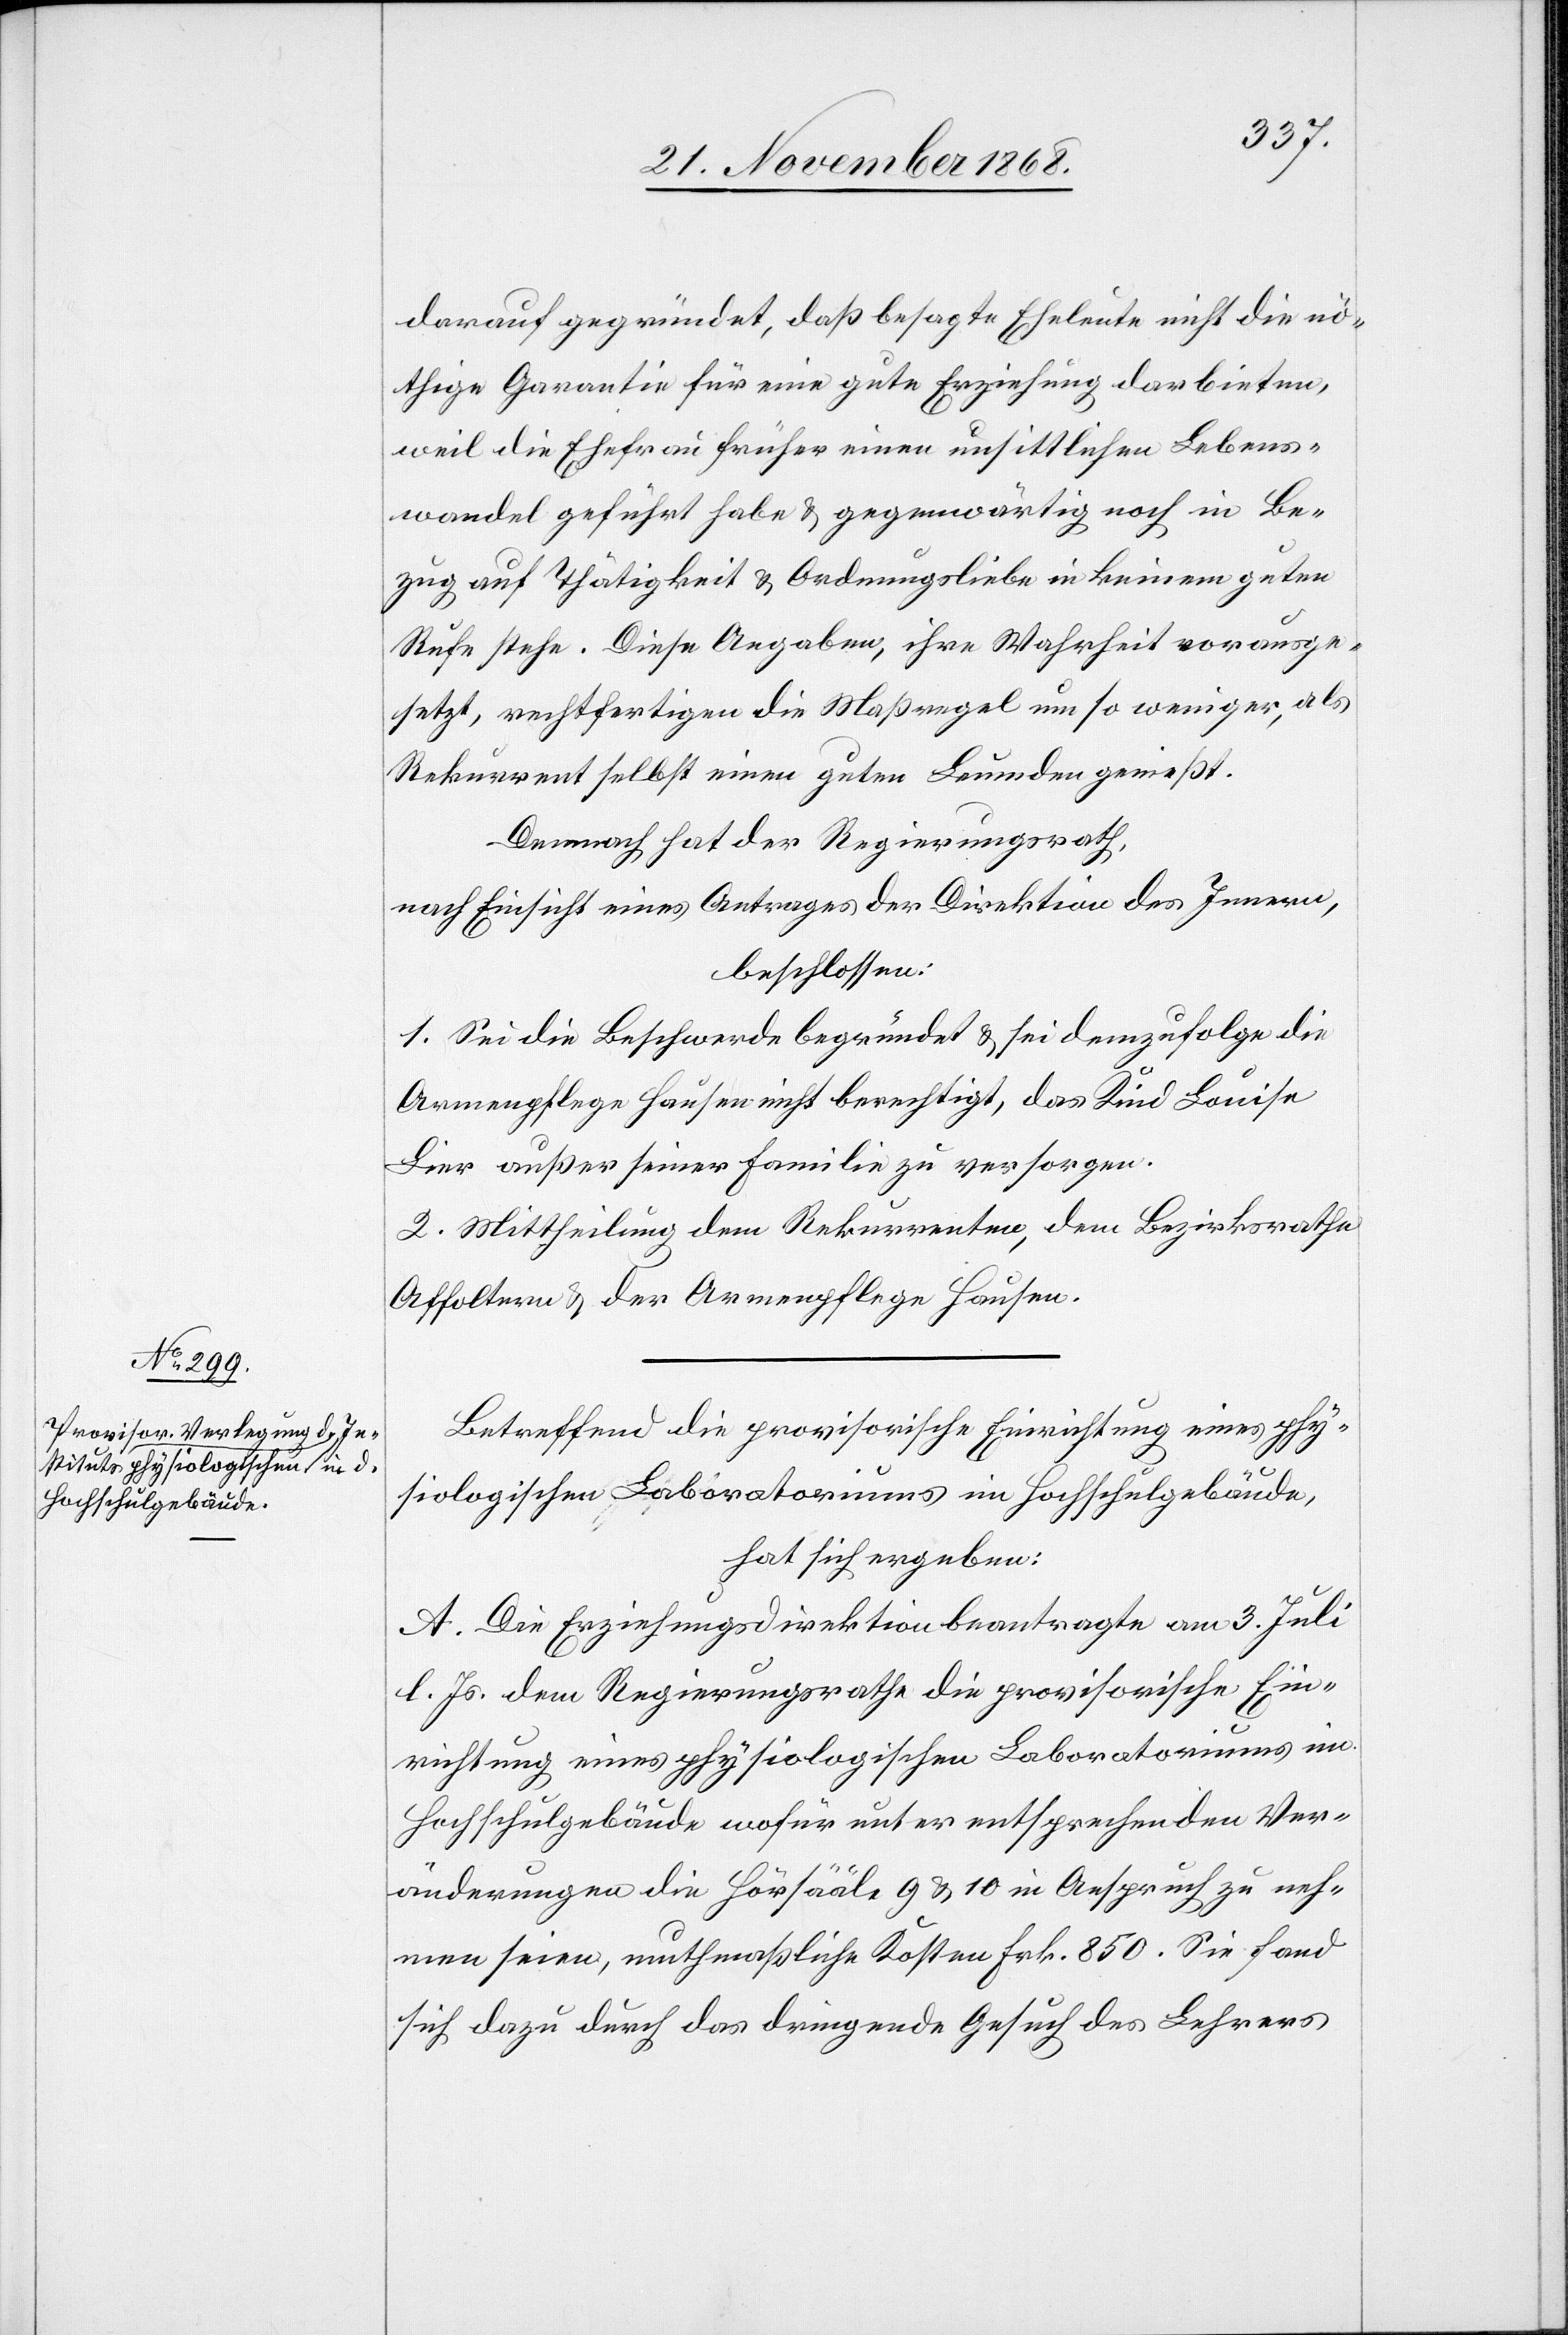
darauf gegründet, daß besagte Eheleute nicht die nö¬
thige Garantie für eine gute Erziehung darbieten,
weil die Ehefrau früher einen unsittlichen Lebens¬
wandel geführt habe & gegenwärtig noch in Be¬
zug auf Thätigkeit & Ordnungsliebe in keinem guten
Rufe stehe. Diese Angaben, ihre Wahrheit vorausge¬
setzt, rechtfertigen die Maßregel um so weniger, als
Rekurrent selbst einen guten Leumden genießt.
Demnach hat der Regierungsrath,
nach Einsicht eines Antrages der Direktion des Innern,
beschlossen:
1. Sei die Beschwerde begründet & sei demzufolge die
Armenpflege Hausen nicht berechtigt, das Kind Louise
Lier außer seiner Familie zu versorgen.
2. Mittheilung dem Rekurrenten, dem Bezirksrathe
Affoltern & der Armenpflege Hausen.
Betreffend die provisorische Einrichtung eines phy¬
siologischen Laboratoriums im Hochschulgebäude,
hat sich ergeben:
A. Die Erziehungsdirektion beantragte am 3. Juli
l. Js. dem Regierungsrathe die provisorische Ein¬
richtung eines physiologischen Laboratoriums im
Hochschulgebäude wofür unter entsprechenden Ver¬
änderungen die Hörsääle 9 & 10 in Anspruch zu neh¬
men seien, muthmaßliche Kosten Frk. 850. Sie fand
sich dazu durch das dringende Gesuch des Lehrers